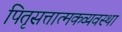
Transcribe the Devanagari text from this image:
पितृसत्तात्मकव्यवस्था